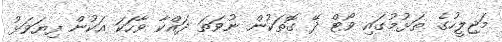
މަޖިލީހުގެ ތަޅުމުގައި ވޯޓް ދޭ ގޮތަކުން ނުވަތަ ދައްކާ ވާހަކަ އަކުން ފިޔަވަޅު